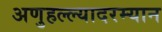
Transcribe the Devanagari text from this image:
अणुहल्ल्यादरम्यान